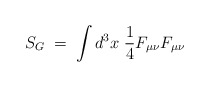
\begin{align*}S_G\;=\; \int d^3x \; \frac{1}{4} F_{\mu \nu} F_{\mu \nu}\end{align*}